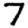
Digit: 7